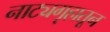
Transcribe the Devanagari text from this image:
नाट्यगृहातून